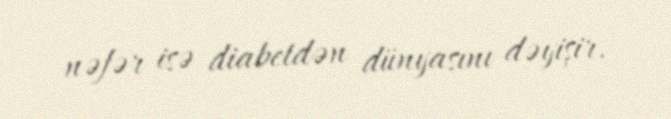
nəfər isə diabetdən dünyasını dəyişir.